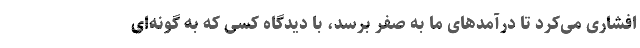
افشاری می‌کرد تا درآمدهای ما به صفر برسد، با دیدگاه کسی که به گونه‌ای